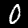
Digit: 0